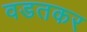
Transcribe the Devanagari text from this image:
वडतकर